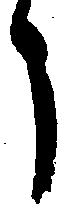
う